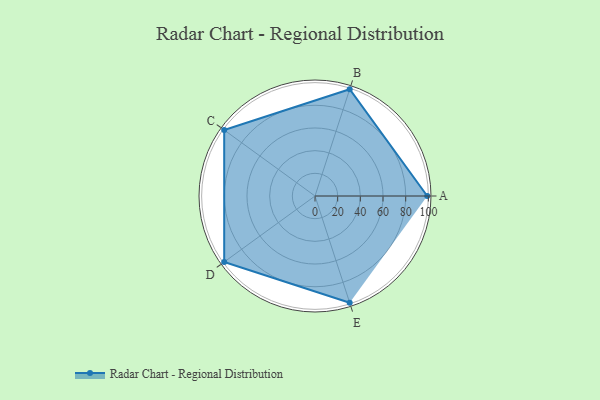
{"axis": {"x": "Skill", "y": "Score"}, "legend": ["Profile"], "data": [{"x": "A", "y": 99, "type": "Profile"}, {"x": "B", "y": 99, "type": "Profile"}, {"x": "C", "y": 99, "type": "Profile"}, {"x": "D", "y": 99, "type": "Profile"}, {"x": "E", "y": 99, "type": "Profile"}]}